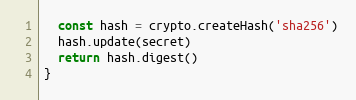
Language: JavaScript
  const hash = crypto.createHash('sha256')
  hash.update(secret)
  return hash.digest()
}